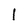
Character: l